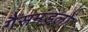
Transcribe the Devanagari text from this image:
गैसमंडलों